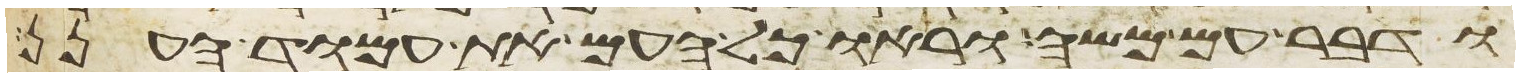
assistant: ודבר עם משה וראו כל העם את עמוד הענן